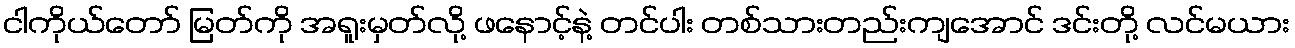
ငါကိုယ်တော် မြတ်ကို အရူးမှတ်လို့ ဖနောင့်နဲ့ တင်ပါး တစ်သားတည်းကျအောင် ဒင်းတို့ လင်မယား